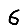
Digit: 6